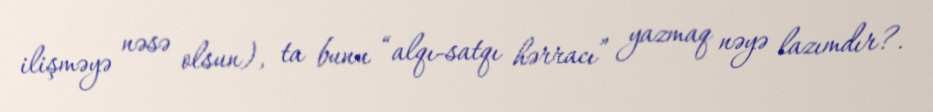
ilişməyə nəsə olsun), ta bunu “alqı-satqı hərracı” yazmaq nəyə lazımdır?.